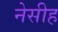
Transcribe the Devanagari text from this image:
नेसीह